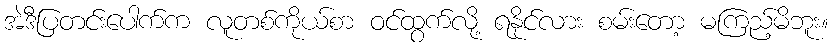
အဲဒီပြတင်းပေါက်က လူတစ်ကိုယ်စာ ဝင်ထွက်လို့ ရနိုင်လား စမ်းတော့ မကြည့်မိဘူး။